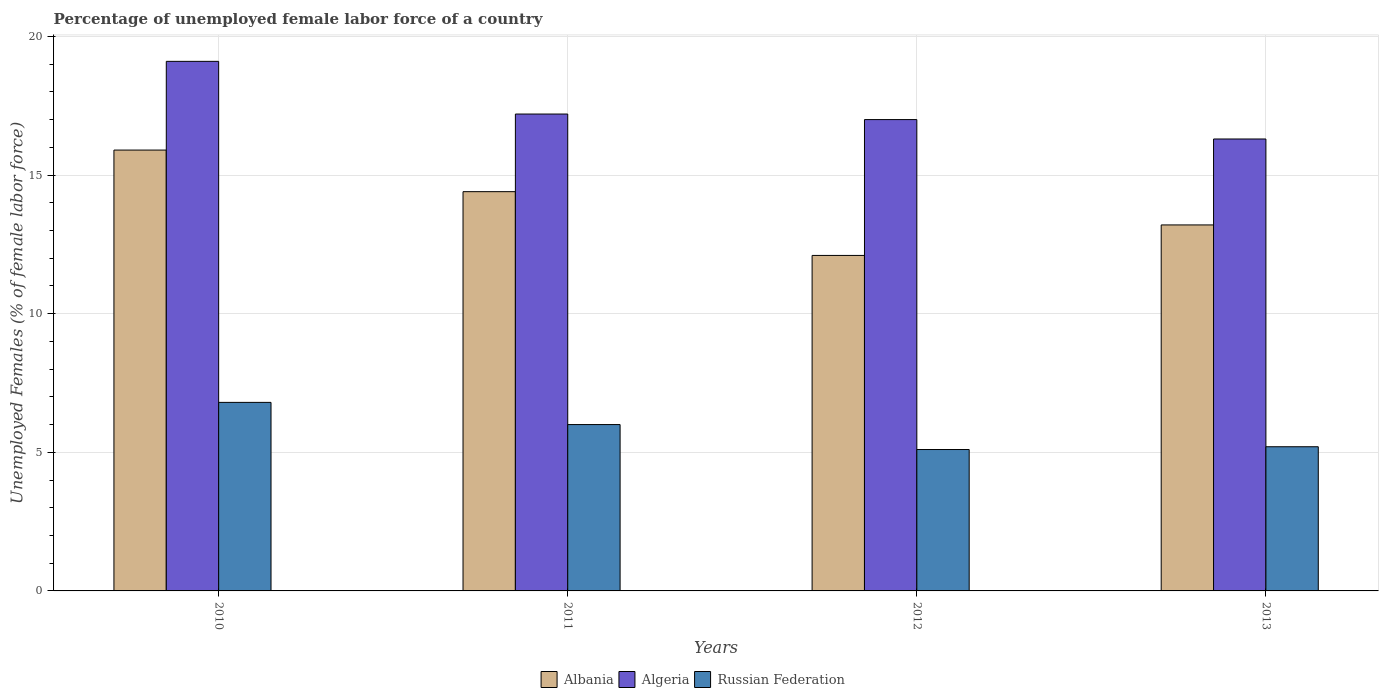
| Years | Albania | Algeria | Russian Federation |
 | --- | --- | --- | --- |
 | 2010 | 15.9 | 19.1 | 6.8 |
 | 2011 | 14.4 | 17.2 | 6 |
 | 2012 | 12.1 | 17 | 5.1 |
 | 2013 | 13.2 | 16.3 | 5.2 |